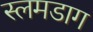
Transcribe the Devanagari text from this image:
स्लमडाग